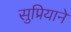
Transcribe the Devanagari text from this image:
सुप्रियाने